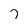
Character: 7